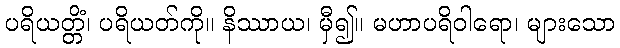
ပရိယတ္တိံ၊ ပရိယတ်ကို။ နိဿာယ၊ မှီ၍။ မဟာပရိဝါရော၊ များသော